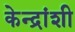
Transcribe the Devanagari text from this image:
केन्द्रांशी